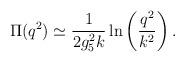
LaTeX: \begin{align*}\Pi(q^2)\simeq{1\over 2 g_5^2 k}\ln\left({q^2\over k^2}\right).\end{align*}